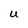
Character: U